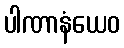
ပါဏာနံယေဝ